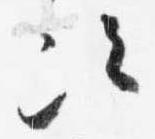
次